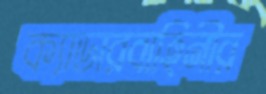
ক্যাডারবাহিনীর